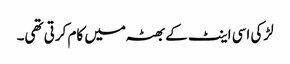
لڑکی اسی اینٹ کے بھٹہ میں کام کرتی تھی۔